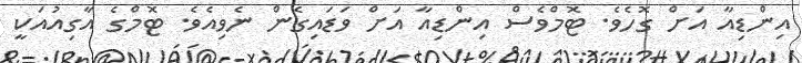
އިންޑިއާ އަށް ގޮހެވެ. ޓޮމްވެސް އިންޑިއާ އަށް ވަޑައިގެން ނެވިއެވެ. ޓޮމްގެ އާގިއުއަކީ